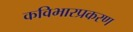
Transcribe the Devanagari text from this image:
कविभारप्रकरण